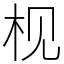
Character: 枧